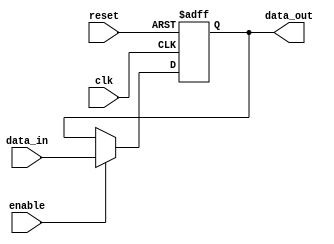
module input_register #(
    parameter DATA_WIDTH = 8  // Specify the width of the input data
) (
    input wire clk,            // Clock input
    input wire reset,          // Asynchronous reset
    input wire enable,         // Enable signal
    input wire [DATA_WIDTH-1:0] data_in, // Input data
    output reg [DATA_WIDTH-1:0] data_out // Output data
);

// Sequential logic block
always @(posedge clk or posedge reset) begin
    if (reset) begin
        data_out <= {DATA_WIDTH{1'b0}};  // Reset output to known state (zeros)
    end else if (enable) begin
        data_out <= data_in;              // Capture input data on clock edge if enabled
    end 
    // If not enabled, retain previous output value (no else needed)
end

endmodule